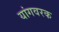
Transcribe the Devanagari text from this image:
यांगवरक